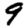
Digit: 9